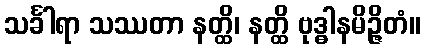
သင်္ခါရာ သဿတာ နတ္ထိ၊ နတ္ထိ ဗုဒ္ဓါနမိဉ္ဇိတံ။